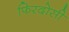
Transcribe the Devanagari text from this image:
फिरदोसी